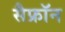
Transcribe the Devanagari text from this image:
सैफ्रॉन